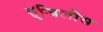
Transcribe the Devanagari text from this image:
ऍजिलीस